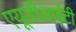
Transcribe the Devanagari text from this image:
एयूडीआईटी